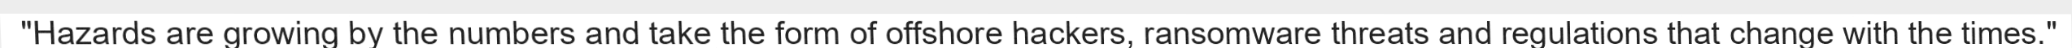
"Hazards are growing by the numbers and take the form of offshore hackers, ransomware threats and regulations that change with the times."